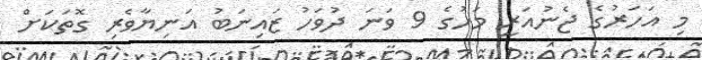
މި އަހަރުގެ ޖެނުއަރީ މަހުގެ 9 ވަނަ ދުވަހު ޒައިނަބު އަނިޔާވެރި ގޮތަކަށް